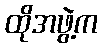
ထိုအဖွဲ့က